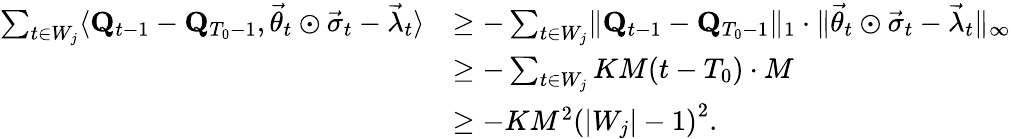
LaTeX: \begin{array}{rl}{\sum_{t\in W_{j}}\langle\mathbf Q_{t-1}-\mathbf Q_{T_{0}-1},\vec{\theta}_{t}\odot\vec{\sigma}_{t}-\vec{\lambda}_{t}\rangle}&{\ge-\sum_{t\in W_{j}}\lVert\mathbf Q_{t-1}-\mathbf Q_{T_{0}-1}\rVert_{1}\cdot\lVert\vec{\theta}_{t}\odot\vec{\sigma}_{t}-\vec{\lambda}_{t}\rVert_{\infty}}\\ &{\ge-\sum_{t\in W_{j}}KM(t-T_{0})\cdot M}\\ &{\ge-KM^{2}\left(\lvert W_{j}\rvert-1\right)^{2}.}\end{array}